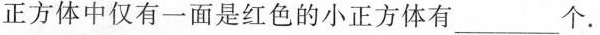
正方体中仅有一面是红色的小正方体有___个。